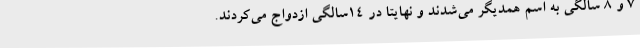
۷ و ۸ سالگی به اسم همدیگر می‌شدند و نهایتا در ۱۴سالگی ازدواج می‌کردند.